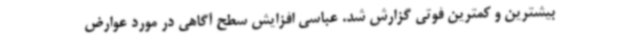
بیشترین و کمترین فوتی گزارش شد. عباسی افزایش سطح آگاهی در مورد عوارض